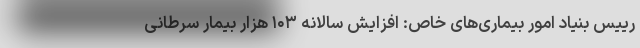
رییس بنیاد امور بیماری‌های خاص: افزایش سالانه ۱۰۳ هزار بیمار سرطانی